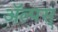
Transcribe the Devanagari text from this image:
ॲल्पस्